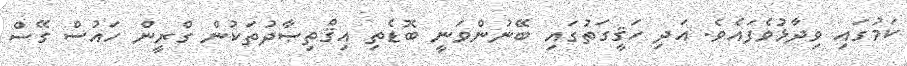
ކަމުގައި ވިދާޅުވެފައެވެ. އަދި ހަޤީގަތުގައި ބޭނުންވަނީ ބޮޑެތި އިޤްތިޞާދުތަކުން ގްރީން ހައުސް ގޭސް